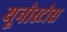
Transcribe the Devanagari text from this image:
यूनोस्टोस